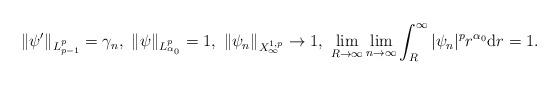
LaTeX: \begin{align*}\|\psi'\|_{L^p_{p-1}}=\gamma_n,\ \|\psi\|_{L^p_{\alpha_0}}=1,\ \|\psi_n\|_{X^{1,p}_{\infty}}\to1,\ \lim_{R\to\infty}\lim_{n\to\infty}\int_R^\infty|\psi_n|^pr^{\alpha_0}\mathrm dr=1.\end{align*}